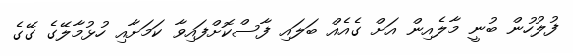
ފުލުހުން ބުނީ މާލެއިން އަށް ގެއެއް ބަލައި ފާސްކޮށްފައިވާ ކަމަށާއި ހުޅުމާލޭގެ ގޭގެ